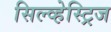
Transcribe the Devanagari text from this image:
सिल्व्हेस्ट्रिज